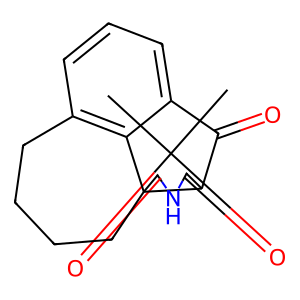
SMILES: O=C1NC(=O)C23CCCCc4cccc(c42)C(=O)C13
Inhibits HIV replication: No